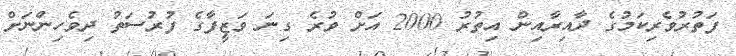
ފަތުރުވެރިކަމުގެ ދާއިރާއިން އިތުރު 2000 އަށް ވުރެ ގިނަ ވަޒީފާގެ ފުރުސަތު ދިވެހިންނަށް